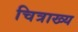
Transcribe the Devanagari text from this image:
चित्राख्य